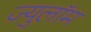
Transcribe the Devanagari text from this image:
ज्युलॉम